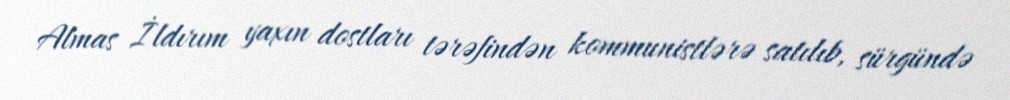
Almas İldırım yaxın dostları tərəfindən kommunistlərə satılıb, sürgündə